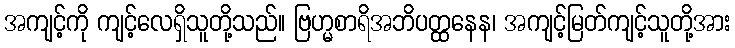
အကျင့်ကို ကျင့်လေရှိသူတို့သည်။ ဗြဟ္မစာရိအဘိပတ္ထနေန၊ အကျင့်မြတ်ကျင့်သူတို့အား